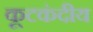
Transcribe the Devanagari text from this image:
कूटकंदीय